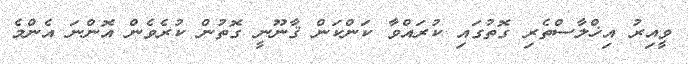
ވީއިރު އިޚްލާސްތެރި ގޮތުގައި ކުރައްވާ ކަންކަން ޤާނޫނީ ގޮތުން ކުރެވެން އޮންނަ އެންމެ